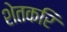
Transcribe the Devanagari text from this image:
शेतकरि